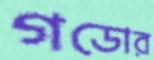
গডোর